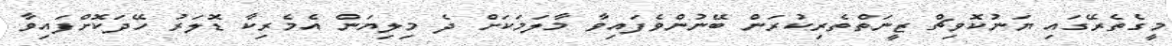
މީގެތެރޭގައި ޔަނުކޮވިޗް ޒީނަތްތެރިކުރަން ބޭނުންވެފައިވާ މާލަމަކަށް ދެ މިލިޔަން އެމެރިކާ ޑޮލަރު ހޭދަކޮށްފައިވާ